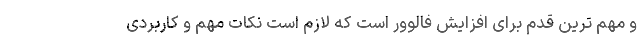
و مهم ترین قدم برای افزایش فالوور است که لازم است نکات مهم و کاربردی